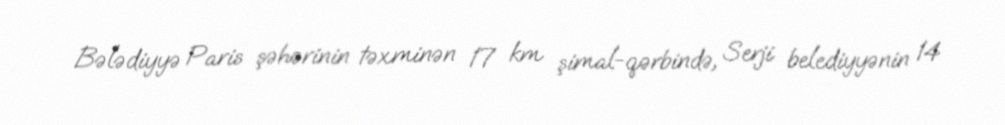
Bələdiyyə Paris şəhərinin təxminən 17 km şimal-qərbində, Serji belediyyənin 14